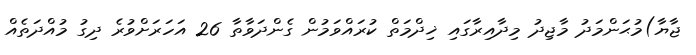
ޖާޔާ)މުޙަންމަދު މާޖިދު މިދާއިރާގައި ޚިދްމަތް ކުރައްވަމުން ގެންދަވާތާ 26 އަހަރަށްވުރެ ދިގު މުއްދަތެއް